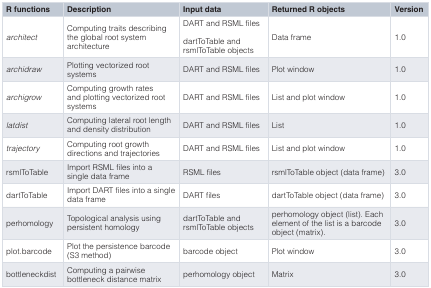
<table><thead><tr><td><b>R functions</b></td><td><b>Description</b></td><td><b>Input data</b></td><td><b>Returned R objects</b></td><td><b>Version</b></td></tr></thead><tbody><tr><td><i>architect</i></td><td>Computing traits describingthe global root systemarchitecture</td><td>DART and RSML filesdartToTable andrsmlToTable objects</td><td>Data frame</td><td>1.0</td></tr><tr><td><i>archidraw</i></td><td>Plotting vectorized rootsystems</td><td>DART and RSML files</td><td>Plot window</td><td>1.0</td></tr><tr><td><i>archigrow</i></td><td>Computing growth ratesand plotting vectorized rootsystems</td><td>DART and RSML files</td><td>List and plot window</td><td>1.0</td></tr><tr><td><i>latdist</i></td><td>Computing lateral root lengthand density distribution</td><td>DART and RSML files</td><td>List</td><td>1.0</td></tr><tr><td><i>trajectory</i></td><td>Computing root growthdirections and trajectories</td><td>DART and RSML files</td><td>List and plot window</td><td>1.0</td></tr><tr><td>rsmlToTable</td><td>Import RSML files into asingle data frame</td><td>RSML files</td><td>rsmlToTable object (data frame)</td><td>3.0</td></tr><tr><td>dartToTable</td><td>Import DART files into a singledata frame</td><td>DART files</td><td>dartToTable object (data frame)</td><td>3.0</td></tr><tr><td>perhomology</td><td>Topological analysis usingpersistent homology</td><td>dartToTable andrsmlToTable objects</td><td>perhomology object (list). Eachelement of the list is a barcodeobject (matrix).</td><td>3.0</td></tr><tr><td>plot.barcode</td><td>Plot the persistence barcode(S3 method)</td><td>barcode object</td><td>Plot window</td><td>3.0</td></tr><tr><td>bottleneckdist</td><td>Computing a pairwisebottleneck distance matrix</td><td>perhomology object</td><td>Matrix</td><td>3.0</td></tr></tbody></table>